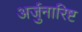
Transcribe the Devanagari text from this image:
अर्जुनारिष्ट